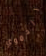
الدموي